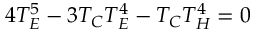
4 T _ { E } ^ { 5 } - 3 T _ { C } T _ { E } ^ { 4 } - T _ { C } T _ { H } ^ { 4 } = 0